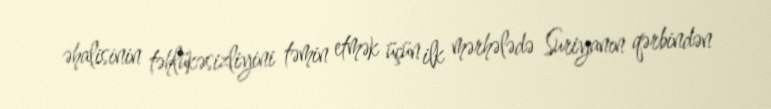
əhalisinin təhlükəsizliyini təmin etmək üçün ilk mərhələdə Suriyanın qərbindən